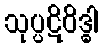
သုပ္ပဋိဝိဒ္ဓါ